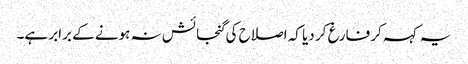
یہ کہہ کر فارغ کر دیا کہ اصلاح کی گنجائش نہ ہونے کے برابر ہے۔